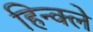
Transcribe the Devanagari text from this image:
हिन्क्ले